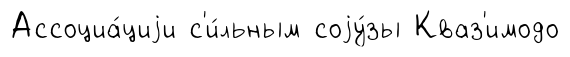
Ассоциа́циjи с'и́льным соjу́зы Кваз'имодо